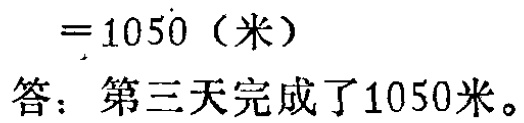
\[

= 1050 \text{（米）}

\]

答：第三天完成了1050米。